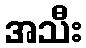
အသီး